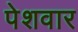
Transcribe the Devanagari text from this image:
पेशवार